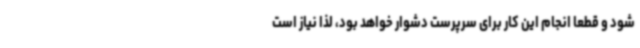
شود و قطعا انجام این کار برای سرپرست دشوار خواهد بود، لذا نیاز است